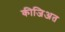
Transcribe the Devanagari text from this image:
कीजिअत